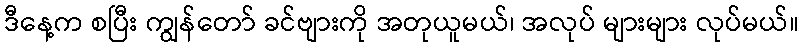
ဒီနေ့က စပြီး ကျွန်တော် ခင်ဗျားကို အတုယူမယ်၊ အလုပ် များများ လုပ်မယ်။